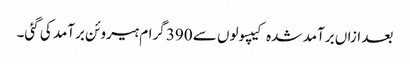
بعد ازاں برآمد شدہ کیپسولوں سے 390 گرام ہیروئن برآمد کی گئی۔